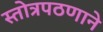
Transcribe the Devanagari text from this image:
स्तोत्रपठणाने